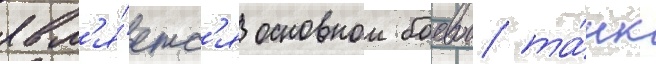
явл'я́етс'я основнои боевои та́нк